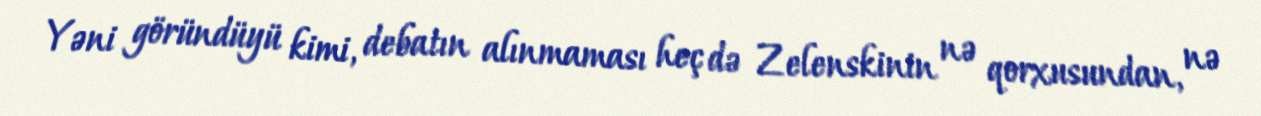
Yəni göründüyü kimi, debatın alınmaması heç də Zelenskinin nə qorxusundan, nə